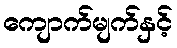
ကျောက်မျက်နှင့်